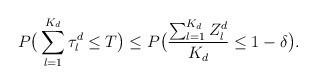
LaTeX: \begin{align*}P\big(\sum_{l=1}^{K_d}\tau^d_l\leq T\big)\leq P\big(\frac{\sum_{l=1}^{K_d}Z_l^d}{K_d}\leq1-\delta\big).\end{align*}